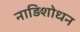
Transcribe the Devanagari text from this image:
नाड़िशोधन